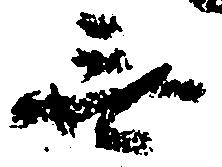
無